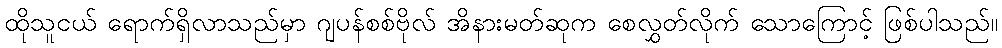
ထိုသူငယ် ရောက်ရှိလာသည်မှာ ဂျပန်စစ်ဗိုလ် အိနားမတ်ဆုက စေလွှတ်လိုက် သောကြောင့် ဖြစ်ပါသည်။